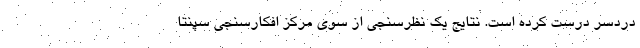
دردسر درست کرده است. نتایج یک نظرسنجی از سوی مرکز افکارسنجی سپنتا